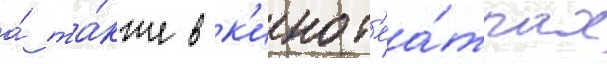
а́ та́кже в к'инот'еа́трах